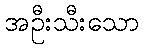
အဦးသီးသော